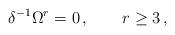
LaTeX: \begin{align*} \delta^{-1}\Omega^r=0\,,\qquad r \geq 3 \,,\end{align*}